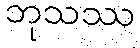
ဘုသဿ